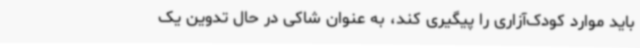
باید موارد کودک‌آزاری را پیگیری کند، به عنوان شاکی در حال تدوین یک